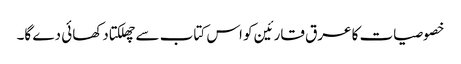
خصوصیات کا عرق قارئین کو اس کتاب سے چھلکتا دکھائی دے گا۔